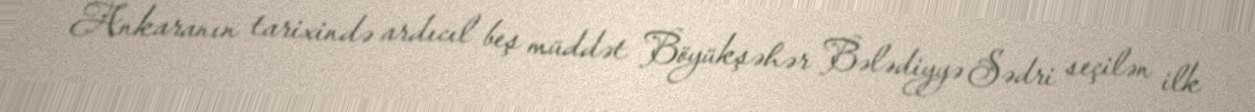
Ankaranın tarixində ardıcıl beş müddət Böyükşəhər Bələdiyyə Sədri seçilən ilk